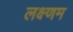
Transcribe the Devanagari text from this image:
लक्ष्णम